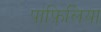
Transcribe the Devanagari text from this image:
पांफ़िलिया